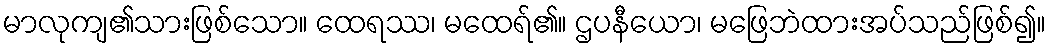
မာလုကျ၏သားဖြစ်သော။ ထေရဿ၊ မထေရ်၏။ ဌပနီယော၊ မဖြေဘဲထားအပ်သည်ဖြစ်၍။